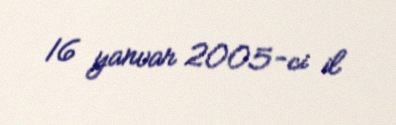
16 yanvar 2005-ci il